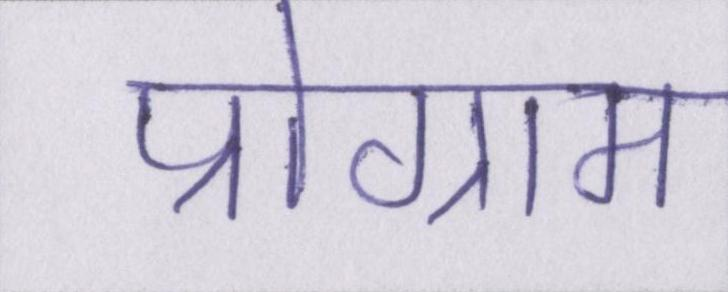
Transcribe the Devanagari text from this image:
प्रोग्राम